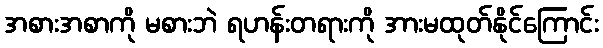
အစားအစာကို မစားဘဲ ရဟန်းတရားကို အားမထုတ်နိုင်ကြောင်း